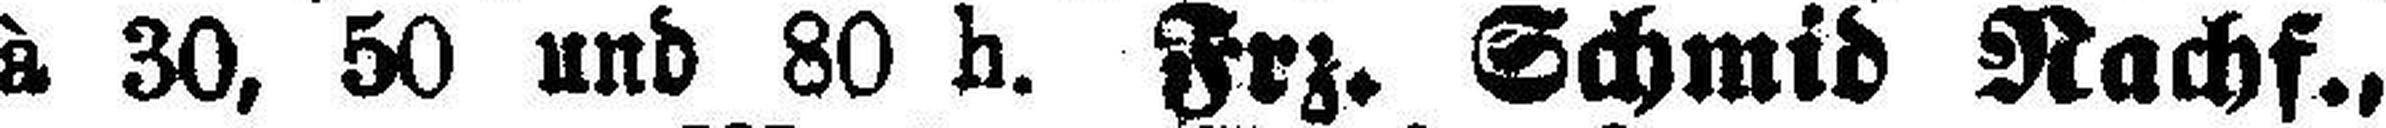
à 30, 50 und 80 h. Frz. Schmid Nachf.,